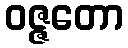
ဝဇ္ဇတော